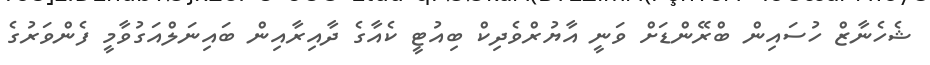
ޝެހެނާޒް ހުސައިން ބްރޭންޑަށް ވަނީ އާޔުރްވެދިކް ބިއުޓީ ކެއާގެ ދާއިރާއިން ބައިނަލްއަގުވާމީ ފެންވަރުގެ